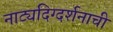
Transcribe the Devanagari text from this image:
नाट्यदिग्दर्शनाची